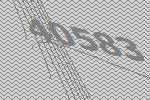
40583